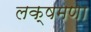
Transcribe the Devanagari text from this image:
लक्षमणा